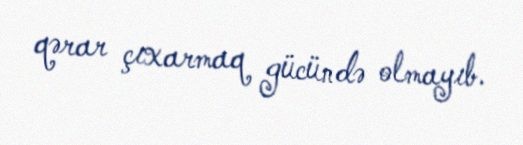
qərar çıxarmaq gücündə olmayıb.